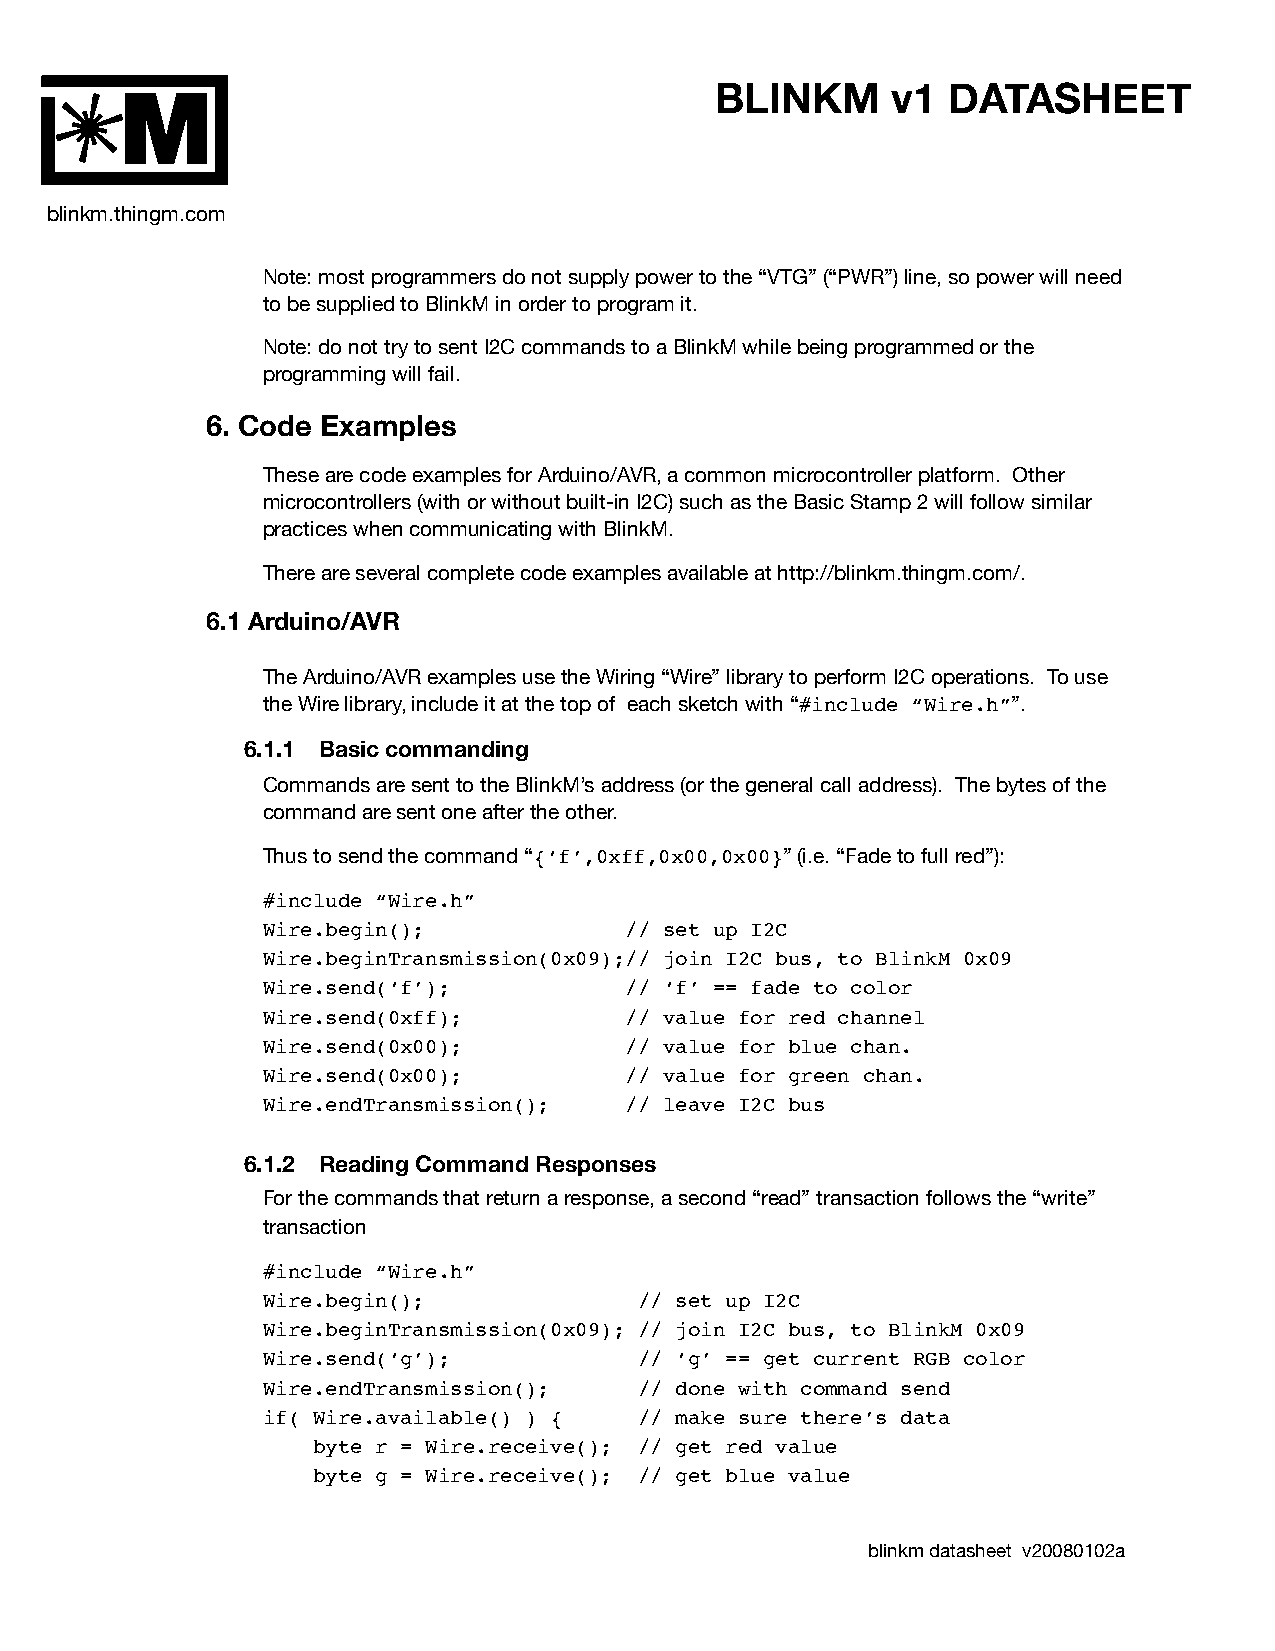
BLINKM      v1  DATASHEET
 M
 blinkm.thingm.com
 Note: most programmers do not supply power to the “VTG” (“PWR”) line, so power will need
 to be supplied to BlinkM in order to program it.
 Note: do not try to sent I2C commands to a BlinkM while being programmed or the
 programming will fail.
 6. Code Examples
 These are code examples for Arduino/AVR, a common microcontroller platform. Other
 microcontrollers (with or without built-in I2C) such as the Basic Stamp 2 will follow similar
 practices when communicating with BlinkM.
 There are several complete code examples available at http://blinkm.thingm.com/.
 6.1 Arduino/AVR
 The Arduino/AVR examples use the Wiring “Wire” library to perform I2C operations. To use
 the Wire library, include it at the top of each sketch with “#include “Wire.h””.
 6.1.1 Basic commanding
 Commands are sent to the BlinkM’s address (or the general call address). The bytes of the
 command are sent one after the other.
 Thus to send the command “{‘f’,0xff,0x00,0x00}” (i.e. “Fade to full red”):
 #include “Wire.h”
 Wire.begin();           // set up I2C
 Wire.beginTransmission(0x09);// join I2C bus, to BlinkM 0x09
 Wire.send(‘f’);         // ‘f’ == fade to color
 Wire.send(0xff);        // value for red channel
 Wire.send(0x00);        // value for blue chan.
 Wire.send(0x00);        // value for green chan.
 Wire.endTransmission(); // leave I2C bus
 6.1.2 Reading Command Responses
 For the commands that return a response, a second “read” transaction follows the “write”
 transaction
 #include “Wire.h”
 Wire.begin();            // set up I2C
 Wire.beginTransmission(0x09); // join I2C bus, to BlinkM 0x09
 Wire.send(‘g’);          // ‘g’ == get current RGB color
 Wire.endTransmission();  // done with command send
 if( Wire.available() ) { // make sure there’s data
 byte r = Wire.receive(); // get red value
 byte g = Wire.receive(); // get blue value
 blinkm datasheet v20080102a